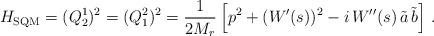
LaTeX: \begin{align*}H_{\rm SQM}=(Q^1_2)^2=(Q^2_1)^2=\frac{1}{2M_r}\left[p^2 + (W'(s))^2-i\,W''(s)\,\tilde a\,\tilde b\right]\,.\end{align*}